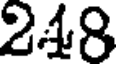
218